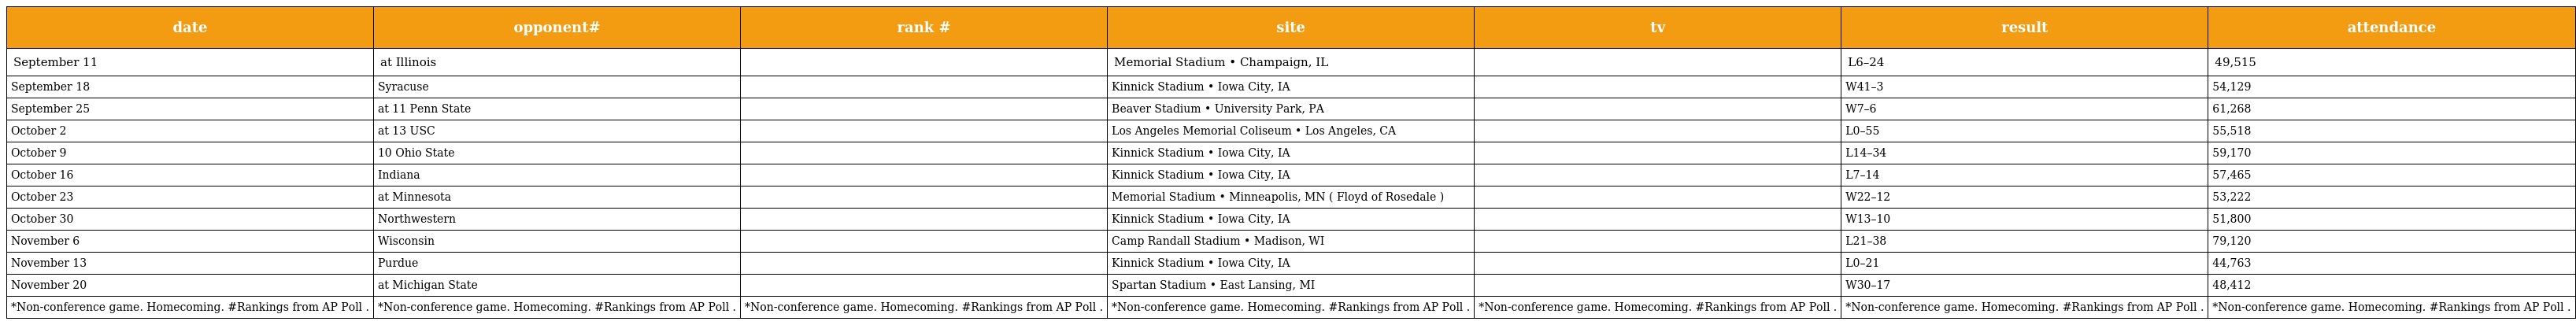
| date | opponent# | rank # | site | tv | result | attendance |
 | --- | --- | --- | --- | --- | --- | --- |
 | September 11 | at Illinois |  | Memorial Stadium • Champaign, IL |  | L6–24 | 49,515 |
 | September 18 | Syracuse |  | Kinnick Stadium • Iowa City, IA |  | W41–3 | 54,129 |
 | September 25 | at 11 Penn State |  | Beaver Stadium • University Park, PA |  | W7–6 | 61,268 |
 | October 2 | at 13 USC |  | Los Angeles Memorial Coliseum • Los Angeles, CA |  | L0–55 | 55,518 |
 | October 9 | 10 Ohio State |  | Kinnick Stadium • Iowa City, IA |  | L14–34 | 59,170 |
 | October 16 | Indiana |  | Kinnick Stadium • Iowa City, IA |  | L7–14 | 57,465 |
 | October 23 | at Minnesota |  | Memorial Stadium • Minneapolis, MN ( Floyd of Rosedale ) |  | W22–12 | 53,222 |
 | October 30 | Northwestern |  | Kinnick Stadium • Iowa City, IA |  | W13–10 | 51,800 |
 | November 6 | Wisconsin |  | Camp Randall Stadium • Madison, WI |  | L21–38 | 79,120 |
 | November 13 | Purdue |  | Kinnick Stadium • Iowa City, IA |  | L0–21 | 44,763 |
 | November 20 | at Michigan State |  | Spartan Stadium • East Lansing, MI |  | W30–17 | 48,412 |
 | *Non-conference game. Homecoming. #Rankings from AP Poll . | *Non-conference game. Homecoming. #Rankings from AP Poll . | *Non-conference game. Homecoming. #Rankings from AP Poll . | *Non-conference game. Homecoming. #Rankings from AP Poll . | *Non-conference game. Homecoming. #Rankings from AP Poll . | *Non-conference game. Homecoming. #Rankings from AP Poll . | *Non-conference game. Homecoming. #Rankings from AP Poll . |